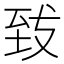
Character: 𮍠